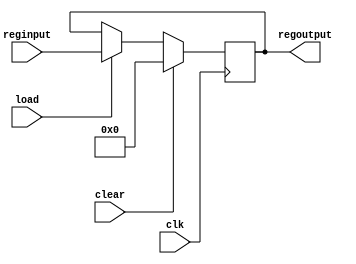
module reg_32b(reginput, load, clear , clk ,regoutput);
input [31:0]reginput;
input load , clk ,clear ;
output [31:0]regoutput;
reg [31:0]regoutput;
always @(posedge clk)begin
  if(clear==1'b1)
    regoutput =32'b0;
  else if(load==1'b1)
     regoutput <= reginput;
end
endmodule